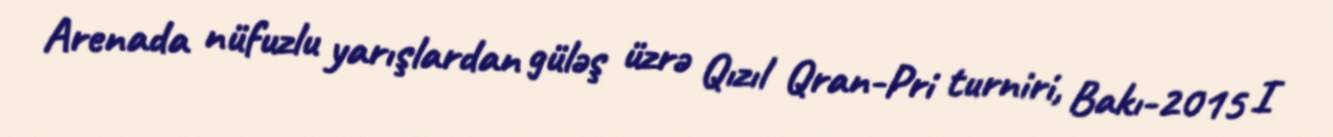
Arenada nüfuzlu yarışlardan güləş üzrə Qızıl Qran-Pri turniri, Bakı-2015 I